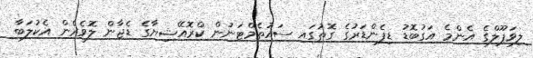
ލިވަޕޫލްގެ އެންމެ އަގުބޮޑު ޑިފެންޑަރުގެ ގޮތުގައި ސައުތެމްޓަނުން ކްރޮއޭޝިޔާގެ ޑެޖާން ލޮވެރެން އެކުލަބާ